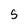
Character: S